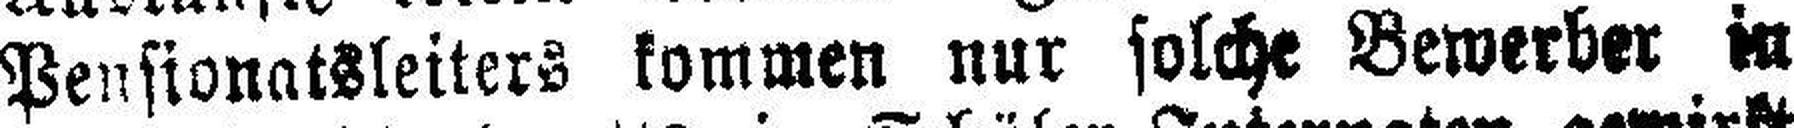
Pensionatsleiters kommen nur solche Bewerber in